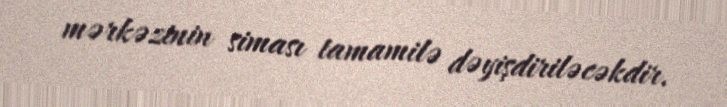
mərkəzinin siması tamamilə dəyişdiriləcəkdir.